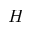
H